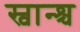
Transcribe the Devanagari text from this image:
स्वान्श्च